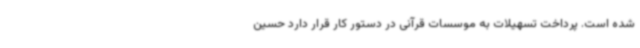
شده است. پرداخت تسهیلات به موسسات قرآنی در دستور کار قرار دارد حسین